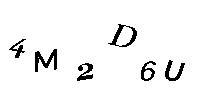
4M2D6U